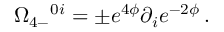
\Omega _ { 4 - } { } ^ { 0 i } = \pm e ^ { 4 \phi } \partial _ { i } e ^ { - 2 \phi } \, .